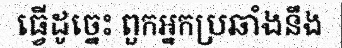
ធ្វើដូច្នេះ ពួកអ្នកប្រឆាំងនឹង